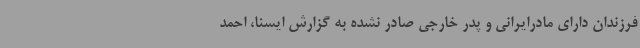
فرزندان دارای مادرایرانی و پدر خارجی صادر نشده به گزارش ایسنا، احمد